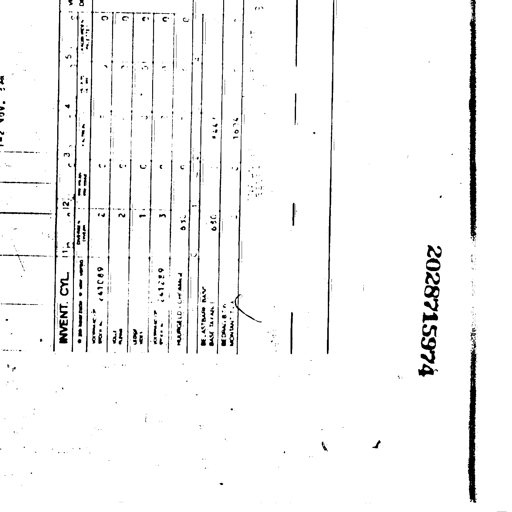
INVENT. CYL 11 12 3 4 5
241089 2 C 0
2 C 0
261289 1 C 31 0
3 C 0
832 C 0
650 4667
1036
2028715974